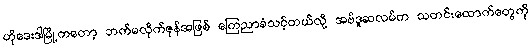
ဟိုဒေးဒါမြို့ကတော့ ဘက်မလိုက်ဇုန်အဖြစ် ကြေညာခံသင့်တယ်လို့ အဗ်ဒူဆလမ်က သတင်းထောက်တွေကို